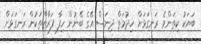
ބަޔަކު ކިތަންމެ ރަނގަޅަށް ހިދުމަތް ދިނަސް އޭގެ ބޭނުން ހިފާ ފަރާތްތަކުން ރަނގަޅަށް